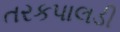
તરકપાલડી